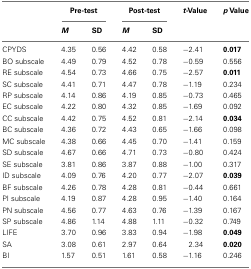
<table><thead><tr><td></td><td colspan="2"><b>Pre-test</b></td><td colspan="2"><b>Post-test</b></td><td><b><i>t-</i>Value</b></td><td><b><i>p</i> Value</b></td></tr><tr><td></td><td><b><i>M</i></b></td><td><b>SD</b></td><td><b><i>M</i></b></td><td><b>SD</b></td><td></td></tr></thead><tbody><tr><td>CPYDS</td><td>4.35</td><td>0.56</td><td>4.42</td><td>0.58</td><td>−2.41</td><td><b>0.017</b></td></tr><tr><td>BO subscale</td><td>4.49</td><td>0.79</td><td>4.52</td><td>0.78</td><td>−0.59</td><td>0.556</td></tr><tr><td>RE subscale</td><td>4.54</td><td>0.73</td><td>4.66</td><td>0.75</td><td>−2.57</td><td><b>0.011</b></td></tr><tr><td>SC subscale</td><td>4.41</td><td>0.71</td><td>4.47</td><td>0.78</td><td>−1.19</td><td>0.234</td></tr><tr><td>RP subscale</td><td>4.14</td><td>0.86</td><td>4.19</td><td>0.85</td><td>−0.73</td><td>0.465</td></tr><tr><td>EC subscale</td><td>4.22</td><td>0.80</td><td>4.32</td><td>0.85</td><td>−1.69</td><td>0.092</td></tr><tr><td>CC subscale</td><td>4.42</td><td>0.75</td><td>4.52</td><td>0.81</td><td>−2.14</td><td><b>0.034</b></td></tr><tr><td>BC subscale</td><td>4.36</td><td>0.72</td><td>4.43</td><td>0.65</td><td>−1.66</td><td>0.098</td></tr><tr><td>MC subscale</td><td>4.38</td><td>0.66</td><td>4.45</td><td>0.70</td><td>−1.41</td><td>0.159</td></tr><tr><td>SD subscale</td><td>4.67</td><td>0.66</td><td>4.71</td><td>0.73</td><td>−0.80</td><td>0.424</td></tr><tr><td>SE subscale</td><td>3.81</td><td>0.86</td><td>3.87</td><td>0.88</td><td>−1.00</td><td>0.317</td></tr><tr><td>ID subscale</td><td>4.09</td><td>0.76</td><td>4.20</td><td>0.77</td><td>−2.07</td><td><b>0.039</b></td></tr><tr><td>BF subscale</td><td>4.26</td><td>0.78</td><td>4.28</td><td>0.81</td><td>−0.44</td><td>0.661</td></tr><tr><td>PI subscale</td><td>4.19</td><td>0.87</td><td>4.28</td><td>0.95</td><td>−1.40</td><td>0.164</td></tr><tr><td>PN subscale</td><td>4.56</td><td>0.77</td><td>4.63</td><td>0.76</td><td>−1.39</td><td>0.167</td></tr><tr><td>SP subscale</td><td>4.86</td><td>1.14</td><td>4.88</td><td>1.11</td><td>−0.32</td><td>0.749</td></tr><tr><td>LIFE</td><td>3.70</td><td>0.96</td><td>3.83</td><td>0.94</td><td>−1.98</td><td><b>0.049</b></td></tr><tr><td>SA</td><td>3.08</td><td>0.61</td><td>2.97</td><td>0.64</td><td>2.34</td><td><b>0.020</b></td></tr><tr><td>BI</td><td>1.57</td><td>0.51</td><td>1.61</td><td>0.58</td><td>−1.16</td><td>0.246</td></tr></tbody></table>